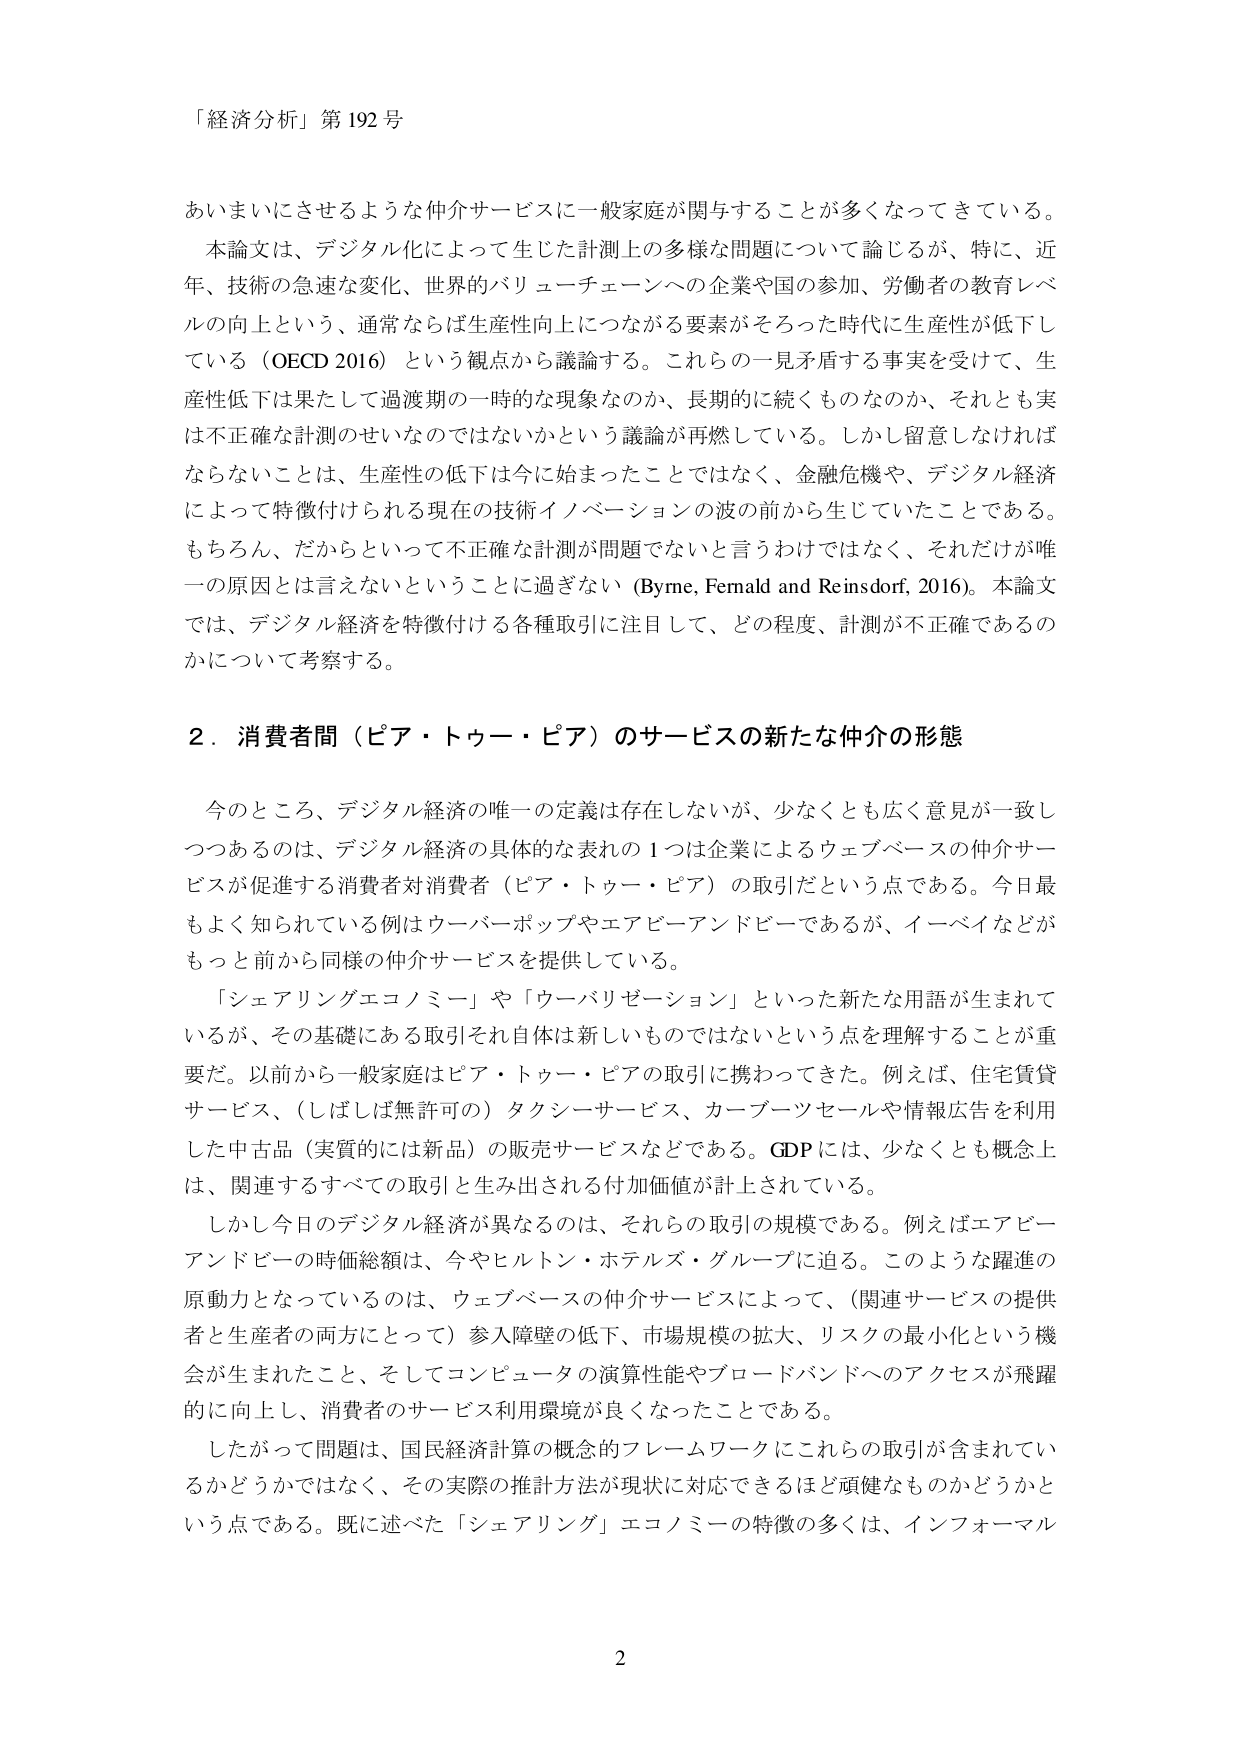
「経済分析」第192号

あいまいにさせるような仲介サービスに一般家庭が関与することが多くなってきている。
本論文は、デジタル化によって生じた計測上の多様な問題について論じるが、特に、近年、技術の急速な変化、世界的バリューチェーンへの企業や国の参加、労働者の教育レベルの向上という、通常ならば生産性向上につながる要素がそろった時代に生産性が低下している（OECD 2016）という観点から議論する。これらの一見矛盾する事実を受けて、生産性低下は果たして過渡期の一時的な現象なのか、長期的に続くものなのか、それとも実は不正確な計測のせいなのではないかという議論が再燃している。しかし留意しなければならないことは、生産性の低下は今に始まったことではなく、金融危機や、デジタル経済によって特徴付けられる現在の技術イノベーションの波の前から生じていたことである。もちろん、だからといって不正確な計測が問題でないと言うわけではなく、それだけが唯一の原因とは言えないということに過ぎない（Byrne, Fernald and Reinsdorf, 2016）。本論文では、デジタル経済を特徴付ける各種取引に注目して、どの程度、計測が不正確であるのかについて考察する。

2．消費者間（ピア・トゥー・ピア）のサービスの新たな仲介の形態

今のところ、デジタル経済の唯一の定義は存在しないが、少なくとも広く意見が一致しつつあるのは、デジタル経済の具体的な表れの1つは企業によるウェブベースの仲介サービスが促進する消費者対消費者（ピア・トゥー・ピア）の取引だという点である。今日最もよく知られている例はウーバーポップやエアビーアンドビーであるが、イーベイなどがもっと前から同様の仲介サービスを提供している。
「シェアリングエコノミー」や「ウーバリゼーション」といった新たな用語が生まれているが、その基礎にある取引それ自体は新しいものではないという点を理解することが重要だ。以前から一般家庭はピア・トゥー・ピアの取引に携わってきた。例えば、住宅賃貸サービス、（しばしば無許可の）タクシーサービス、カーブーツセールや情報広告を利用した中古品（実質的には新品）の販売サービスなどである。GDPには、少なくとも概念上は、関連するすべての取引と生み出される付加価値が計上されている。
しかし今日のデジタル経済が異なるのは、それらの取引の規模である。例えばエアビーアンドビーの時価総額は、今やヒルトン・ホテルズ・グループに迫る。このような躍進の原動力となっているのは、ウェブベースの仲介サービスによって、（関連サービスの提供者と生産者の両方にとって）参入障壁の低下、市場規模の拡大、リスクの最小化という機会が生まれたこと、そしてコンピュータの演算性能やブロードバンドへのアクセスが飛躍的に向上し、消費者のサービス利用環境が良くなったことである。
したがって問題は、国民経済計算の概念的フレームワークにこれらの取引が含まれているかどうかではなく、その実際の推計方法が現状に対応できるほど頑健なものかどうかという点である。既に述べた「シェアリング」エコノミーの特徴の多くは、インフォーマル

2